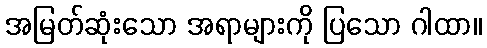
အမြတ်ဆုံးသော အရာများကို ပြသော ဂါထာ။